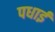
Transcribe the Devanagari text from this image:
पधाई